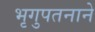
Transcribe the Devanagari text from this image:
भृगुपतनाने